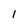
Character: 1